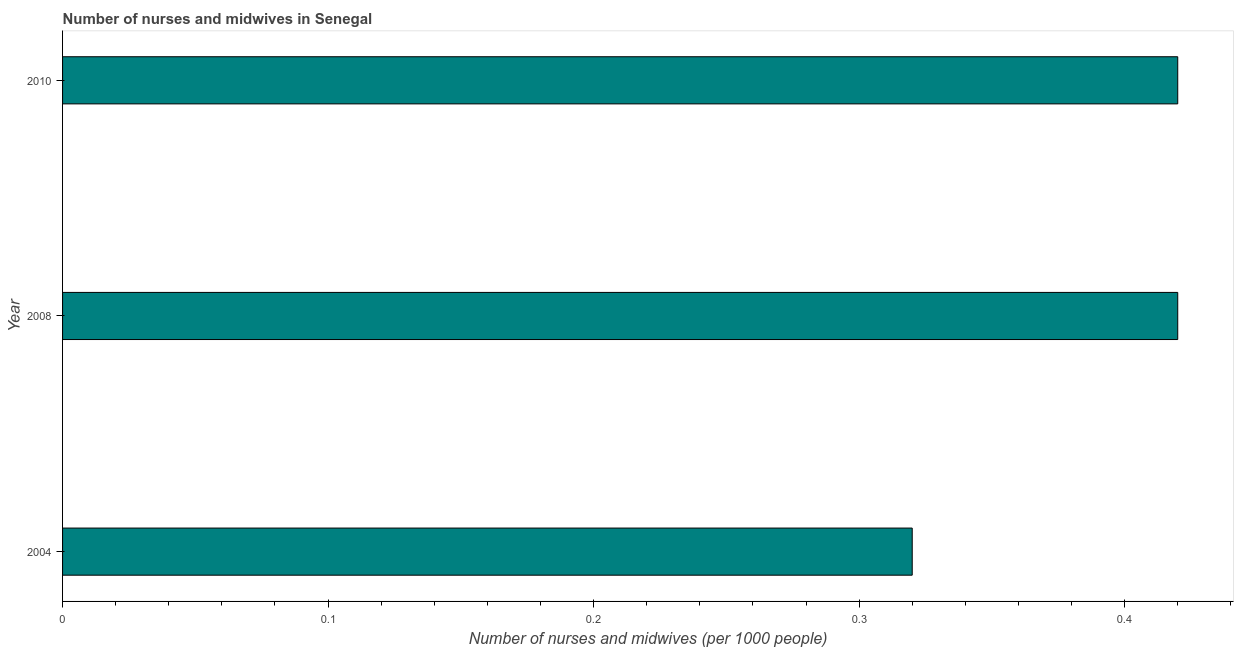
| Year | Nurses and midwives |
 | --- | --- |
 | 2004 | 0.32 |
 | 2008 | 0.42 |
 | 2010 | 0.42 |